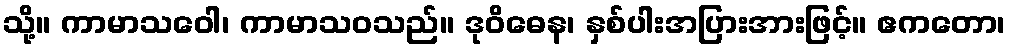
သို့။ ကာမာသဝေါ၊ ကာမာသဝသည်။ ဒုဝိဓေန၊ နှစ်ပါးအပြားအားဖြင့်။ ဧကတော၊